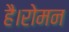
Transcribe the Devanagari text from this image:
है।रोमन